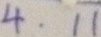
4 . 1 1